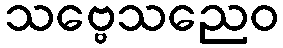
သဗ္ဗေသညေဝ